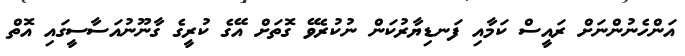
އަންހެނުންނަށް ރައީސް ކަމާއި ފަނޑިޔާރުކަން ނުކުރެވޭ ގޮތަށް އޭގެ ކުރީގެ ގާނޫނުއަސާސީގައި އޮތް